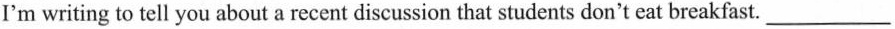
I'm writing to tell you about a recent discussion that students don't eat breakfast.___